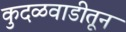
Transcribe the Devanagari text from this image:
कुदळवाडीतून